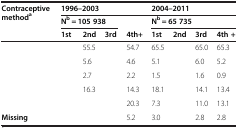
<table><thead><tr><td rowspan="3"><b>Contraceptive method<sup>a</sup></b></td><td colspan="4"><b>1996–2003</b></td><td colspan="4"><b>2004–2011</b></td></tr><tr><td colspan="3"><b>N<sup>b</sup> = 105 938</b></td><td>[EMPTY_CELL]</td><td colspan="4"><b>N<sup>b</sup> = 65 735</b></td></tr><tr><td><b>1st</b></td><td><b>2nd</b></td><td><b>3rd</b></td><td><b>4th+</b></td><td><b>1st</b></td><td><b>2nd</b></td><td><b>3rd</b></td><td><b>4th +</b></td></tr></thead><tbody><tr><td>[EMPTY_CELL]</td><td>[EMPTY_CELL]</td><td>55.5</td><td>[EMPTY_CELL]</td><td>54.7</td><td>65.5</td><td>[EMPTY_CELL]</td><td>65.0</td><td>65.3</td></tr><tr><td>[EMPTY_CELL]</td><td>[EMPTY_CELL]</td><td>5.6</td><td>[EMPTY_CELL]</td><td>4.6</td><td>5.1</td><td>[EMPTY_CELL]</td><td>6.0</td><td>5.2</td></tr><tr><td>[EMPTY_CELL]</td><td>[EMPTY_CELL]</td><td>2.7</td><td>[EMPTY_CELL]</td><td>2.2</td><td>1.5</td><td>[EMPTY_CELL]</td><td>1.6</td><td>0.9</td></tr><tr><td>[EMPTY_CELL]</td><td>[EMPTY_CELL]</td><td>16.3</td><td>[EMPTY_CELL]</td><td>14.3</td><td>18.1</td><td>[EMPTY_CELL]</td><td>14.1</td><td>13.4</td></tr><tr><td>[EMPTY_CELL]</td><td>[EMPTY_CELL]</td><td>[EMPTY_CELL]</td><td>[EMPTY_CELL]</td><td>20.3</td><td>7.3</td><td>[EMPTY_CELL]</td><td>11.0</td><td>13.1</td></tr><tr><td><b>Missing</b></td><td>[EMPTY_CELL]</td><td>[EMPTY_CELL]</td><td>[EMPTY_CELL]</td><td>5.2</td><td>3.0</td><td>[EMPTY_CELL]</td><td>2.8</td><td>2.8</td></tr></tbody></table>